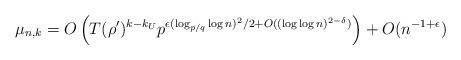
LaTeX: \begin{align*}\mu_{n,k} = O\left( T(\rho')^{k-k_U} p^{ \epsilon (\log_{p/q} \log n)^2/2 + O((\log\log n)^{2-\delta}) } \right)+ O(n^{-1+\epsilon})\end{align*}